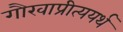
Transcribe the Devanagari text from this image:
गौरवाप्रीत्ययर्थ